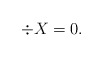
\begin{align*}\div X =0.\end{align*}